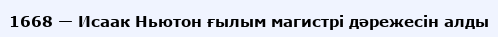
1668 — Исаак Ньютон ғылым магистрі дәрежесін алды